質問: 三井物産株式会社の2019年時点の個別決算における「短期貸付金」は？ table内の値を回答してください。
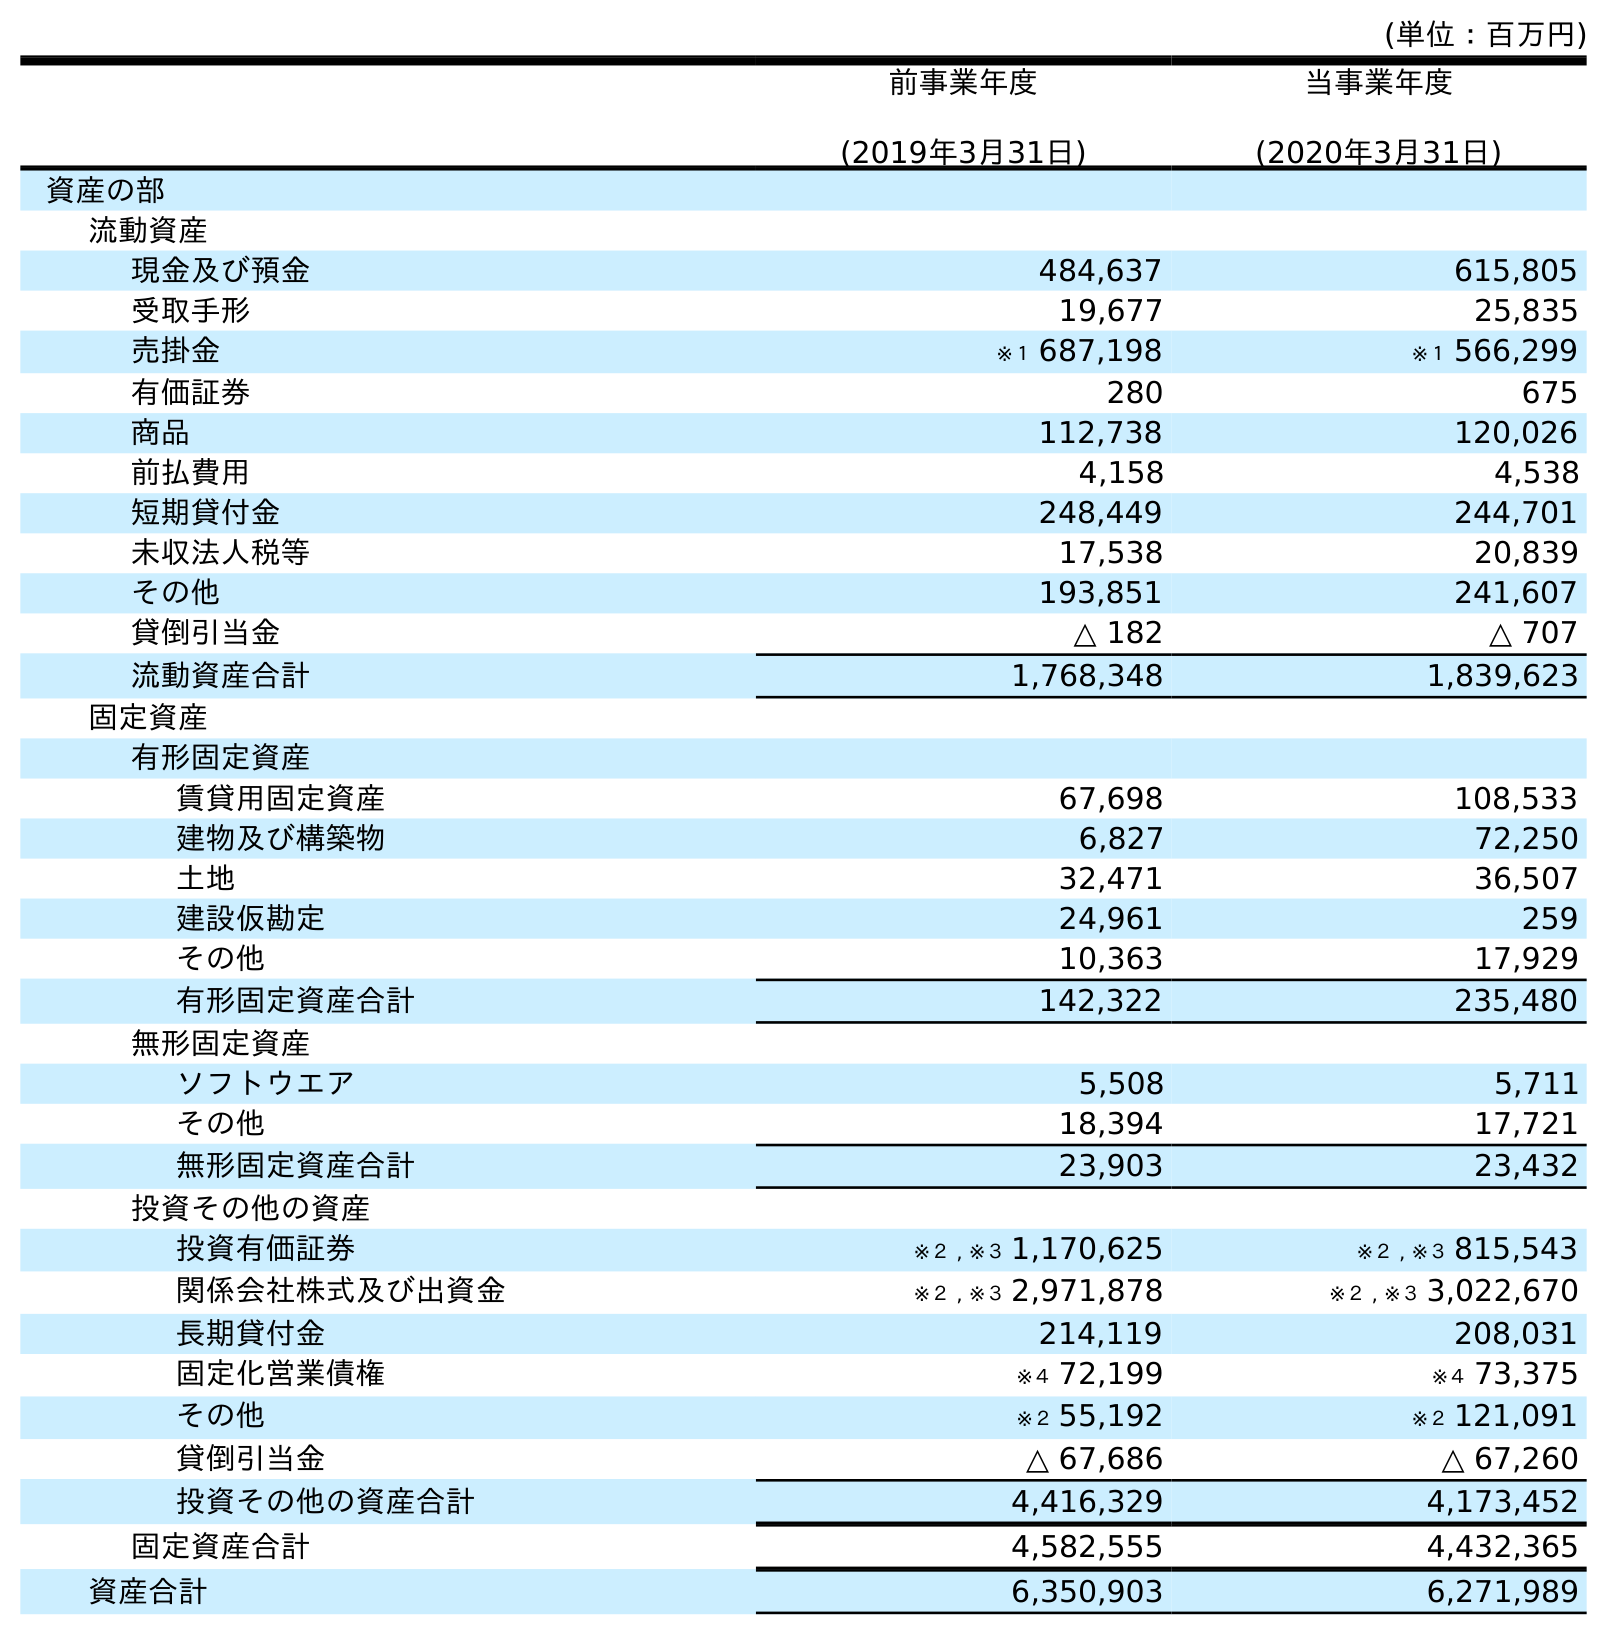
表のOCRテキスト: (単位：百万円) 前事業年度 (2019年3月31日) 当事業年度 (2020年3月31日) 資産の部 流動資産 現金及び預金 484,637 615,805 受取手形 19,677 25,835 売掛金 ※１ 687,198 ※１ 566,299 有価証券 280 675 商品 112,738 120,026 前払費用 4,158 4,538 短期貸付金 248,449 244,701 未収法人税等 17,538 20,839 その他 193,851 241,607 貸倒引当金 △ 182 △ 707 流動資産合計 1,768,348 1,839,623 固定資産 有形固定資産 賃貸用固定資産 67,698 108,533 建物及び構築物 6,827 72,250 土地 32,471 36,507 建設仮勘定 24,961 259 その他 10,363 17,929 有形固定資産合計 142,322 235,480 無形固定資産 ソフトウエア 5,508 5,711 その他 18,394 17,721 無形固定資産合計 23,903 23,432 投資その他の資産 投資有価証券 ※２ , ※３ 1,170,625 ※２ , ※３ 815,543 関係会社株式及び出資金 ※２ , ※３ 2,971,878 ※２ , ※３ 3,022,670 長期貸付金 214,119 208,031 固定化営業債権 ※４ 72,199 ※４ 73,375 その他 ※２ 55,192 ※２ 121,091 貸倒引当金 △ 67,686 △ 67,260 投資その他の資産合計 4,416,329 4,173,452 固定資産合計 4,582,555 4,432,365 資産合計 6,350,903 6,271,989
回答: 248,449